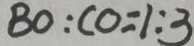
B O : C O = 1 : 3